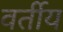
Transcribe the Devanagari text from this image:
वर्तीय